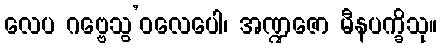
လေပ ဂဗ္ဗေသွ’ဝလေပေါ၊ အဏ္ဍဇော မီနပက္ခိသု။